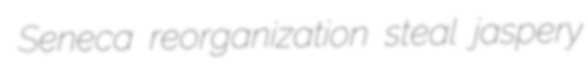
Seneca reorganization steal jaspery